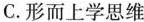
C.形而上学思维